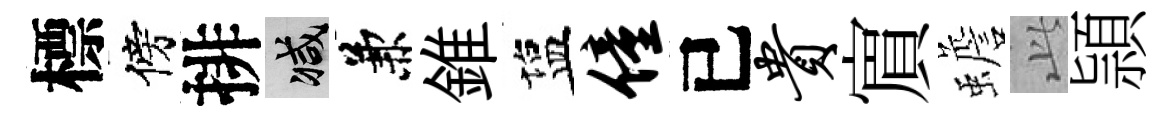
標傍排减兼錐塩僮已贵賔蟾𬼘頴